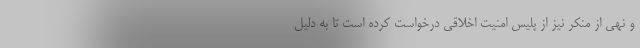
و نهی از منکر نیز از پلیس امنیت اخلاقی درخواست کرده است تا به دلیل